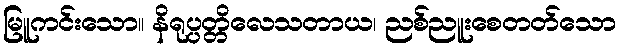
မြူကင်းသော။ နိရုပ္ပတ္တိလေသတာယ၊ ညစ်ညူးစေတတ်သော